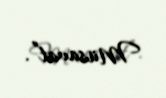
Müsavat”.